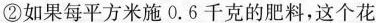
②如果每平方米施0.6千克的肥料，这个花